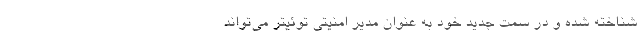
شناخته شده و در سمت جدید خود به عنوان مدیر امنیتی توئیتر می‌تواند